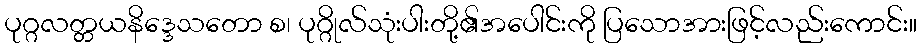
ပုဂ္ဂလတ္တယနိဒ္ဒေသတော စ၊ ပုဂ္ဂိုလ်သုံးပါးတို့၏အပေါင်းကို ပြသောအားဖြင့်လည်းကောင်း။